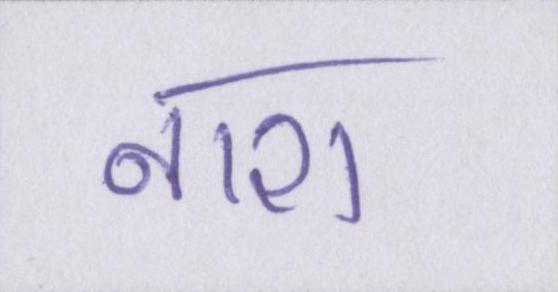
नाश